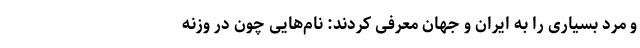
و مرد بسیاری را به ایران و جهان معرفی کردند: نام‌هایی چون در وزنه